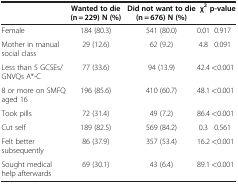
<table><thead><tr><td><b> </b></td><td><b>Wanted to die (n = 229) N (%)</b></td><td><b>Did not want to die (n = 676) N (%)</b></td><td><b>χ<sup>2</sup></b></td><td><b>p-value</b></td></tr></thead><tbody><tr><td>Female</td><td>184 (80.3)</td><td>541 (80.0)</td><td>0.01</td><td>0.917</td></tr><tr><td>Mother in manual social class</td><td>29 (12.6)</td><td>62 (9.2)</td><td>4.8</td><td>0.091</td></tr><tr><td>Less than 5 GCSEs/ GNVQs A*-C</td><td>77 (33.6)</td><td>94 (13.9)</td><td>42.4</td><td>&lt;0.001</td></tr><tr><td>8 or more on SMFQ aged 16</td><td>196 (85.6)</td><td>410 (60.7)</td><td>48.1</td><td>&lt;0.001</td></tr><tr><td>Took pills</td><td>72 (31.4)</td><td>49 (7.2)</td><td>86.4</td><td>&lt;0.001</td></tr><tr><td>Cut self</td><td>189 (82.5)</td><td>569 (84.2)</td><td>0.3</td><td>0.561</td></tr><tr><td>Felt better subsequently</td><td>86 (37.9)</td><td>357 (53.4)</td><td>16.2</td><td>&lt;0.001</td></tr><tr><td>Sought medical help afterwards</td><td>69 (30.1)</td><td>43 (6.4)</td><td>89.1</td><td>&lt;0.001</td></tr></tbody></table>